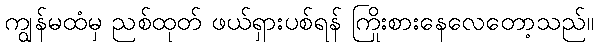
ကျွန်မထံမှ ညစ်ထုတ် ဖယ်ရှားပစ်ရန် ကြိုးစားနေလေတော့သည်။